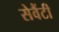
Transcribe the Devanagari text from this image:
सेवैंटी